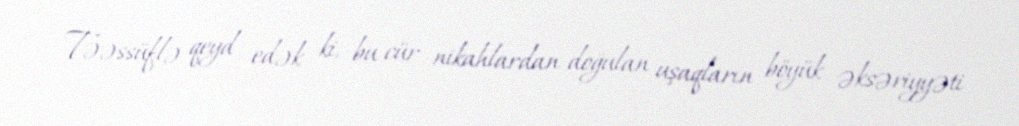
Təəssüflə qeyd edək ki, bu cür nikahlardan doğulan uşaqların böyük əksəriyyəti